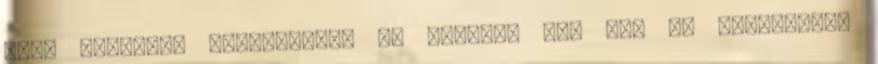
hogy szívesen segítenétek Ha tényleg így van és érdemesnek